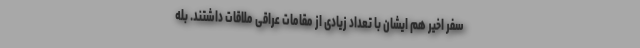
سفر اخیر هم ایشان با تعداد زیادی از مقامات عراقی ملاقات داشتند. بله